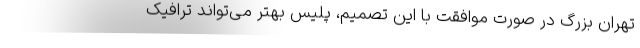
تهران بزرگ در صورت موافقت با این تصمیم، پلیس بهتر می‌تواند ترافیک